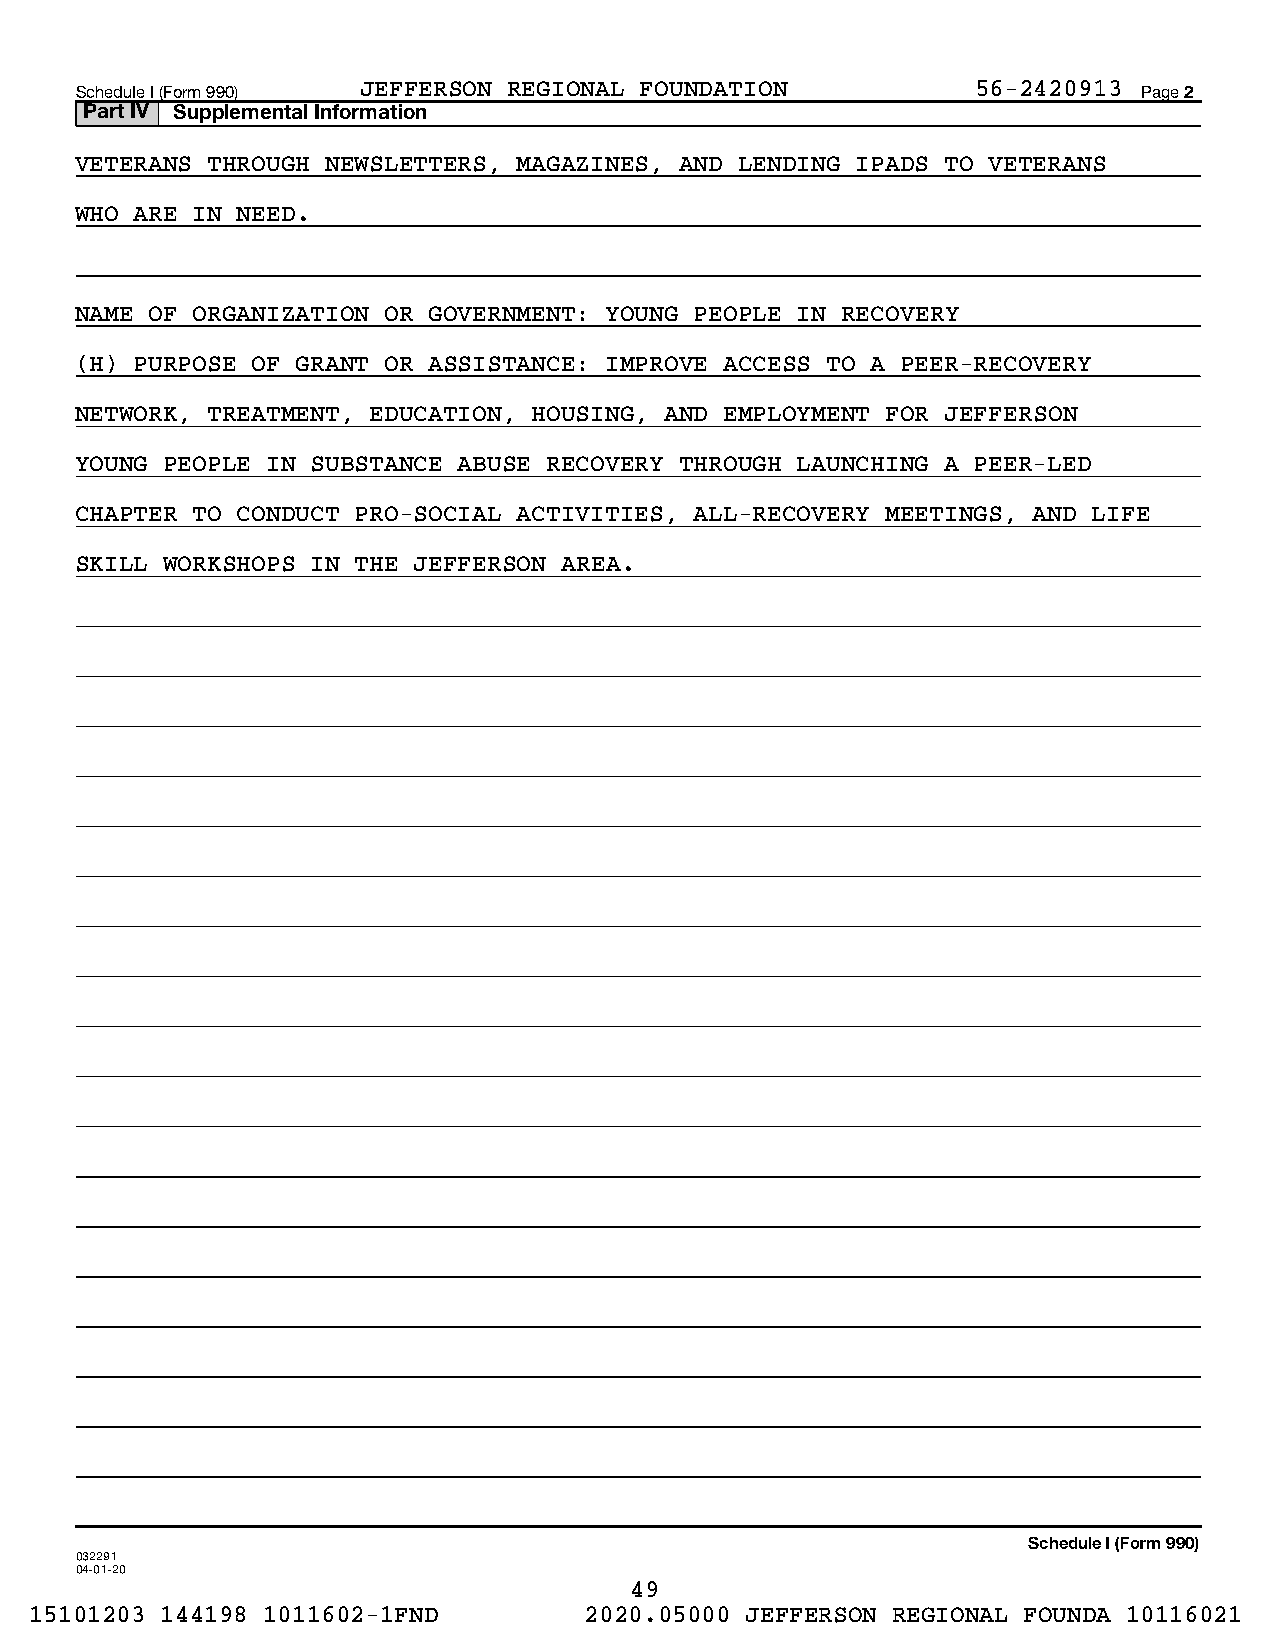
Schedule I (Form 990) JEFFERSON REGIONAL FOUNDATION         56-2420913 Page 2
 Part IV Supplemental Information
 VETERANS THROUGH NEWSLETTERS, MAGAZINES, AND LENDING IPADS TO VETERANS
 WHO ARE IN NEED.
 NAME OF ORGANIZATION OR GOVERNMENT: YOUNG PEOPLE IN RECOVERY
 (H) PURPOSE OF GRANT OR ASSISTANCE: IMPROVE ACCESS TO A PEER-RECOVERY
 NETWORK, TREATMENT, EDUCATION, HOUSING, AND EMPLOYMENT FOR JEFFERSON
 YOUNG PEOPLE IN SUBSTANCE ABUSE RECOVERY THROUGH LAUNCHING A PEER-LED
 CHAPTER TO CONDUCT PRO-SOCIAL ACTIVITIES, ALL-RECOVERY MEETINGS, AND LIFE
 SKILL WORKSHOPS IN THE JEFFERSON AREA.
 Schedule I (Form 990)
 032291
 04-01-20
 49
 15101203 144198 1011602-1FND         2020.05000 JEFFERSON REGIONAL FOUNDA 10116021